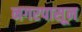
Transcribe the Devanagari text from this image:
नगरपासून